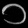
Digit: ၁